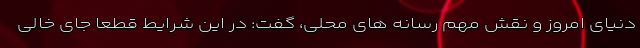
دنیای امروز و نقش مهم رسانه های محلی، گفت: در این شرایط قطعا جای خالی